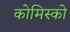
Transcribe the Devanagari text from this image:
कोमिस्को